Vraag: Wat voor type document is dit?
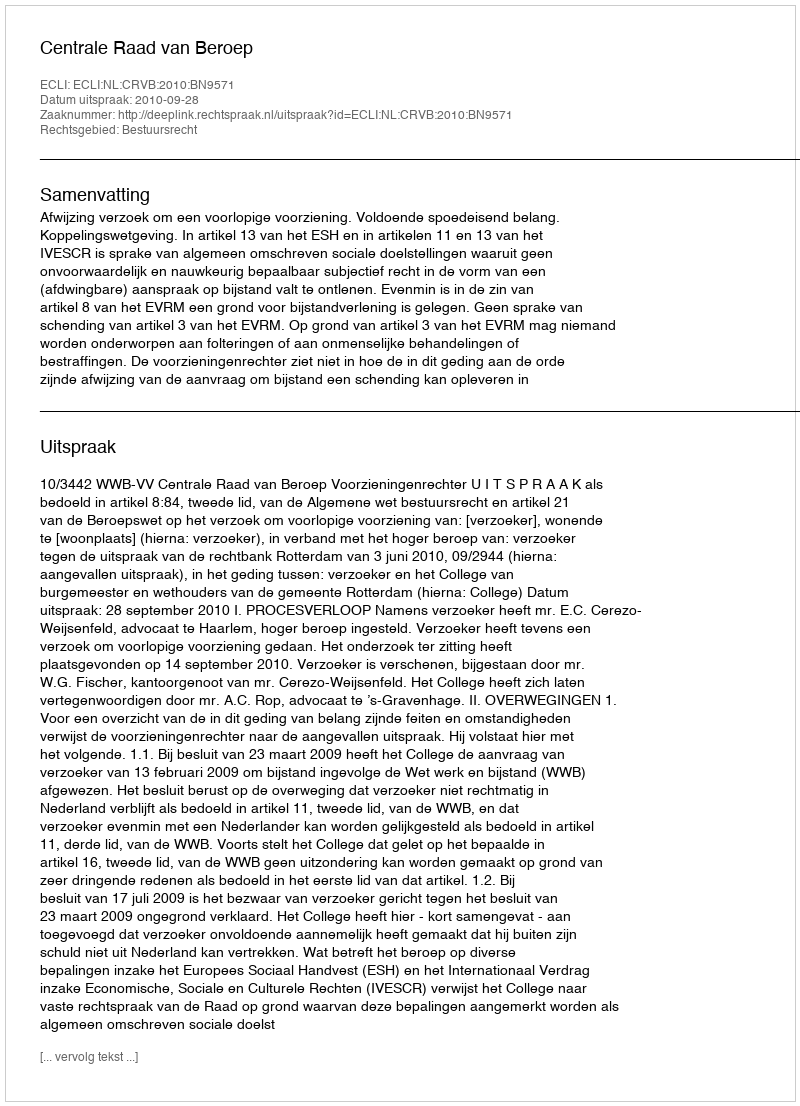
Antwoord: Uitspraak